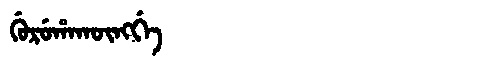
Manchu: ᡤᡠᡵᡠᡥᠠᡴᡡᠩᡤᡝ
Romanization: GURUHAKŪNGGE